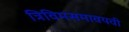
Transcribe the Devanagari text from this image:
त्रिविमसमावयवी